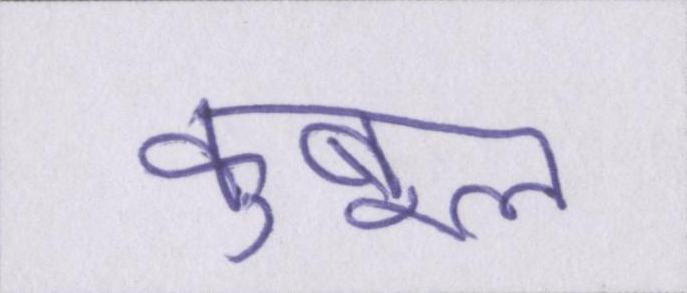
कुबूल